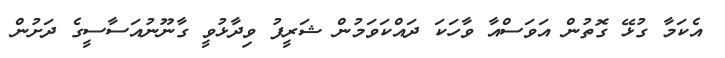
އެކަމާ ގުޅޭ ގޮތުން އަވަސްއާ ވާހަކަ ދައްކަވަމުން ޝަރީފު ވިދާޅުވީ ގާނޫނުއަސާސީގެ ދަށުން